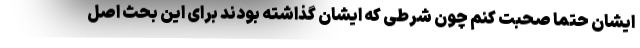
ایشان حتما صحبت کنم چون شرطی که ایشان گذاشته بودند برای این بحث اصل